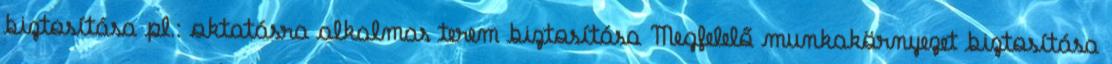
biztosítása pl.: oktatásra alkalmas terem biztosítása Megfelelő munkakörnyezet biztosítása